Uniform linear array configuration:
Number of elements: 48
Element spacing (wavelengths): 0.25
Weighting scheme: kaiser
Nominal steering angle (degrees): -45
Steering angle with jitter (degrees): -45.309
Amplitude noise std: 0.05
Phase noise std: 0.05

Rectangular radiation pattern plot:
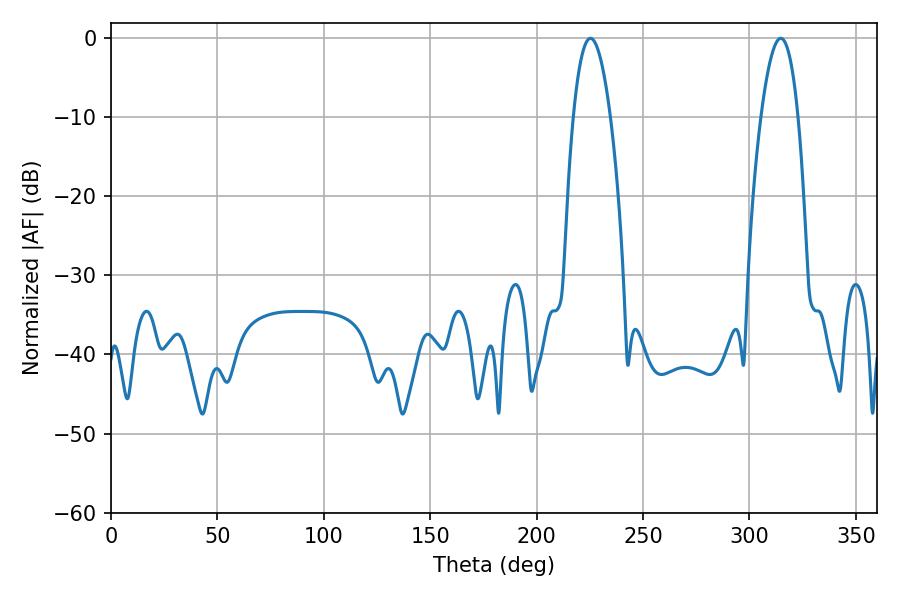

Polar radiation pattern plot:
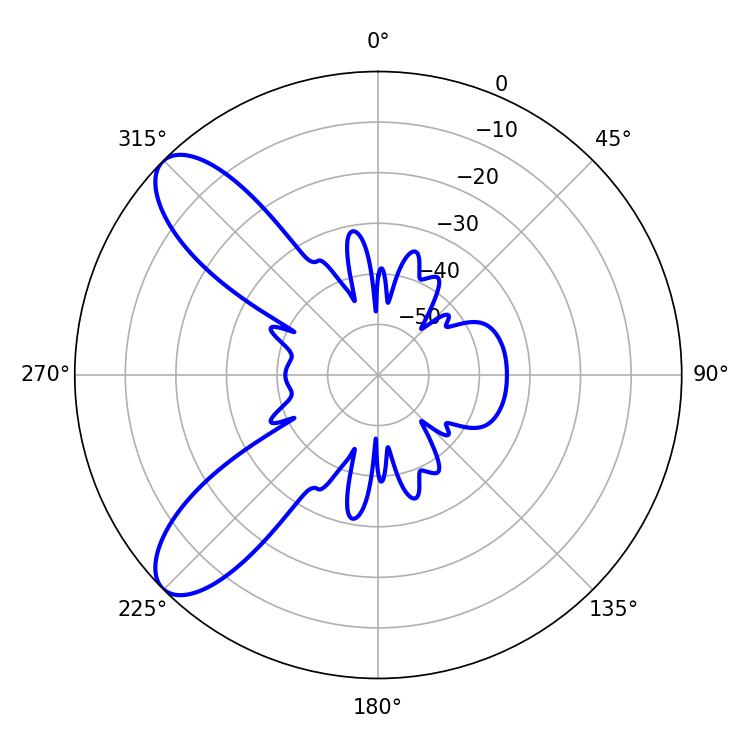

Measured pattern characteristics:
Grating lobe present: FALSE
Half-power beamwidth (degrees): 9.54
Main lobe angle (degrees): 225.36